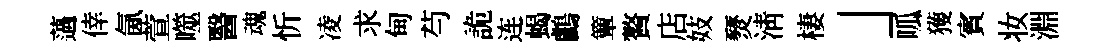
薖倖氤萱噬醫魂忻凌求甸芍詭连蝎鸕簟贅店妓燹淸棲」呱獲賓妆淵